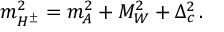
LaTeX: m _ { H ^ { \pm } } ^ { 2 } = m _ { A } ^ { 2 } + M _ { W } ^ { 2 } + \Delta _ { c } ^ { 2 } \, . \,